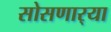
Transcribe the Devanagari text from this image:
सोसणार्‍या